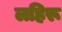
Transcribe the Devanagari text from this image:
लहिरू